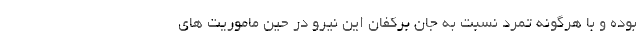
بوده و با هرگونه تمرد نسبت به جان برکفان این نیرو در حین ماموریت های